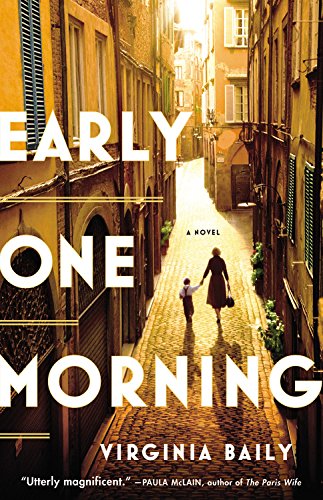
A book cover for Early One Morning; Virginia Baily; Literature & Fiction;